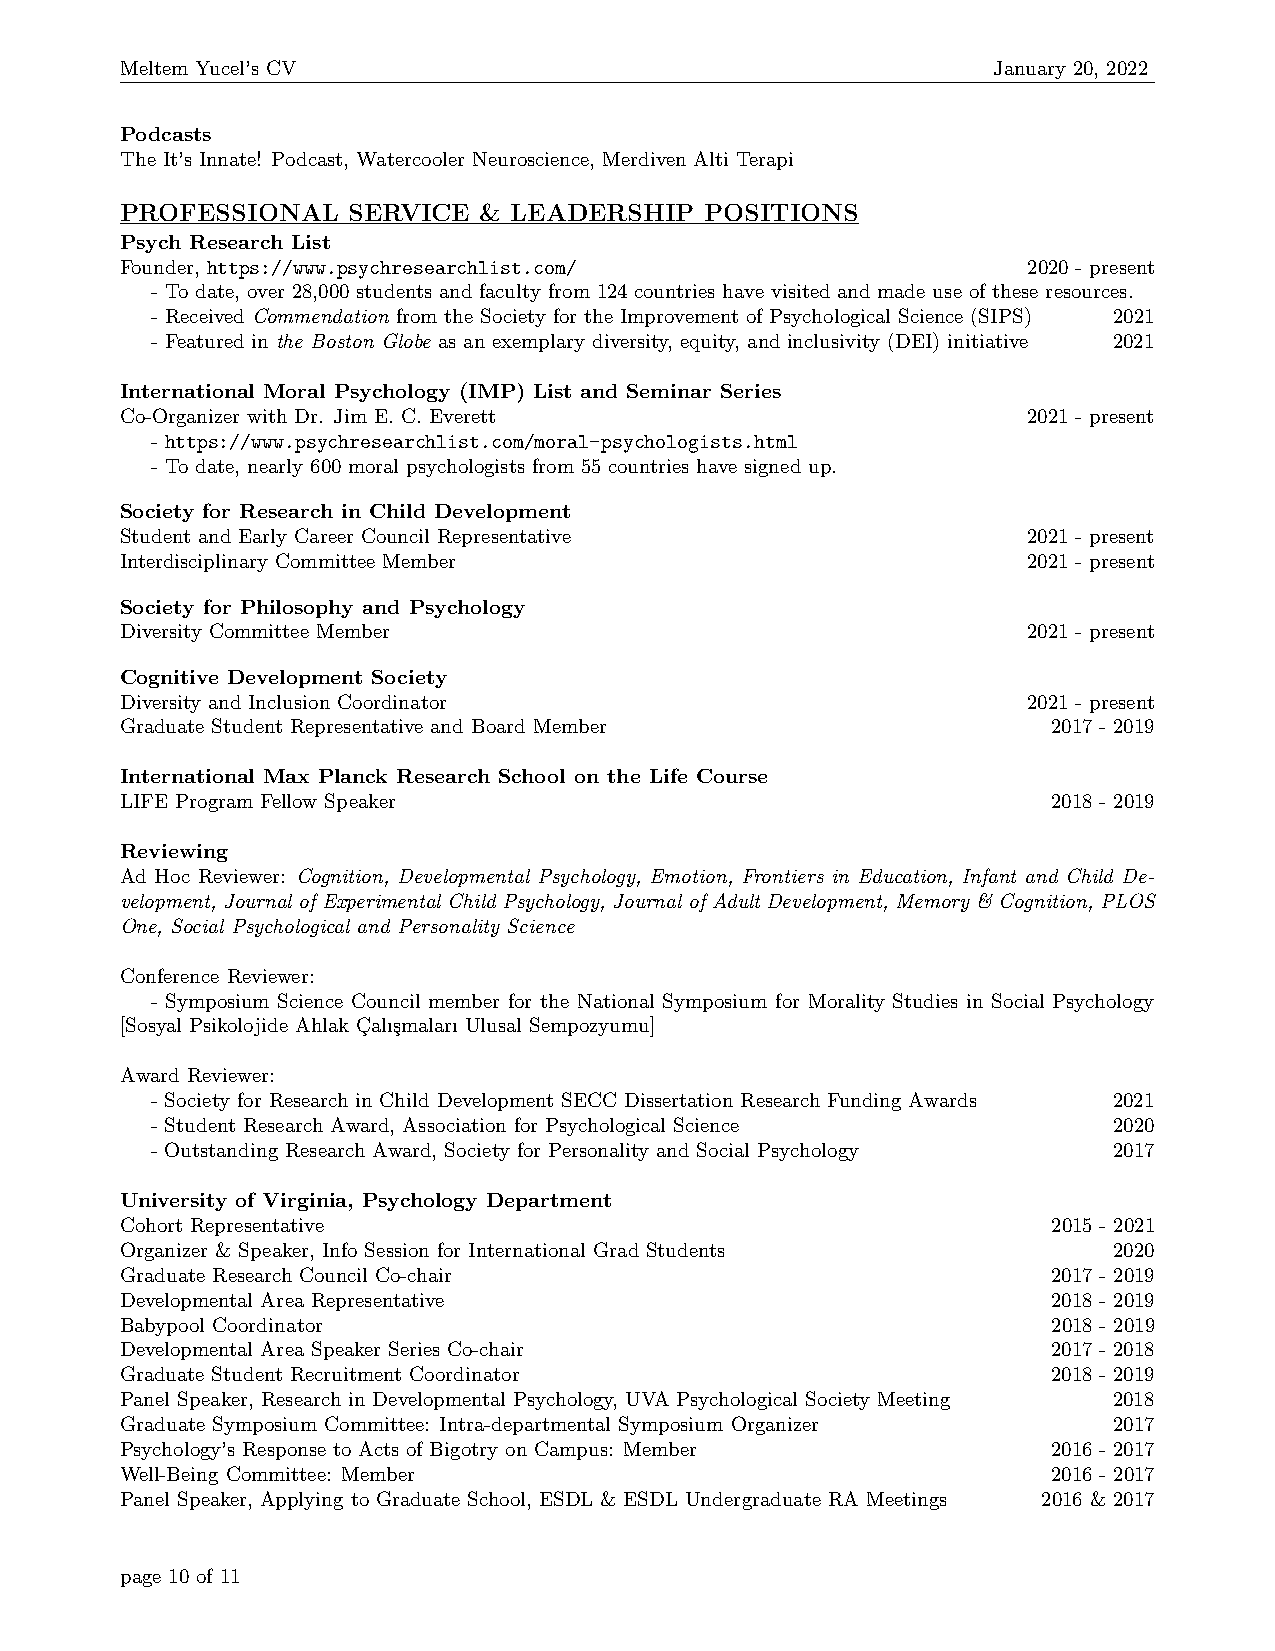
Meltem Yucel’s CV                                         January 20, 2022
 Podcasts
 The It’s Innate! Podcast, Watercooler Neuroscience, Merdiven Alti Terapi
 PROFESSIONAL   SERVICE  & LEADERSHIP   POSITIONS
 Psych Research List
 Founder, https://www.psychresearchlist.com/                 2020 - present
 - To date, over 28,000 students and faculty from 124 countries have visited and made use of these resources.
 - Received Commendation from the Society for the Improvement of Psychological Science (SIPS) 2021
 - Featured in the Boston Globe as an exemplary diversity, equity, and inclusivity (DEI) initiative 2021
 International Moral Psychology (IMP) List and Seminar Series
 Co-Organizer with Dr. Jim E. C. Everett                     2021 - present
 - https://www.psychresearchlist.com/moral-psychologists.html
 - To date, nearly 600 moral psychologists from 55 countries have signed up.
 Society for Research in Child Development
 Student and Early Career Council Representative             2021 - present
 Interdisciplinary Committee Member                          2021 - present
 Society for Philosophy and Psychology
 Diversity Committee Member                                  2021 - present
 Cognitive Development Society
 Diversity and Inclusion Coordinator                         2021 - present
 Graduate Student Representative and Board Member              2017 - 2019
 International Max Planck Research School on the Life Course
 LIFE Program Fellow Speaker                                   2018 - 2019
 Reviewing
 Ad Hoc Reviewer: Cognition, Developmental Psychology, Emotion, Frontiers in Education, Infant and Child De-
 velopment, Journal of Experimental Child Psychology, Journal of Adult Development, Memory & Cognition, PLOS
 One, Social Psychological and Personality Science
 Conference Reviewer:
 - Symposium Science Council member for the National Symposium for Morality Studies in Social Psychology
 [Sosyal Psikolojide Ahlak C¸alı¸smaları Ulusal Sempozyumu]
 Award Reviewer:
 - Society for Research in Child Development SECC Dissertation Research Funding Awards 2021
 - Student Research Award, Association for Psychological Science 2020
 - Outstanding Research Award, Society for Personality and Social Psychology 2017
 University of Virginia, Psychology Department
 Cohort Representative                                         2015 - 2021
 Organizer & Speaker, Info Session for International Grad Students 2020
 Graduate Research Council Co-chair                            2017 - 2019
 Developmental Area Representative                             2018 - 2019
 Babypool Coordinator                                          2018 - 2019
 Developmental Area Speaker Series Co-chair                    2017 - 2018
 Graduate Student Recruitment Coordinator                      2018 - 2019
 Panel Speaker, Research in Developmental Psychology, UVA Psychological Society Meeting 2018
 Graduate Symposium Committee: Intra-departmental Symposium Organizer 2017
 Psychology’s Response to Acts of Bigotry on Campus: Member    2016 - 2017
 Well-Being Committee: Member                                  2016 - 2017
 Panel Speaker, Applying to Graduate School, ESDL & ESDL Undergraduate RA Meetings 2016 & 2017
 page 10 of 11